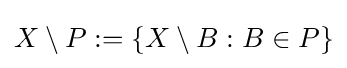
X\setminus P:=\{X\setminus B:B\in P\}